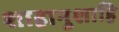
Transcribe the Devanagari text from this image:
शाहानुशाहि